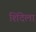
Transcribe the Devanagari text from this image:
शिंदेला